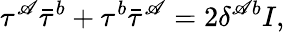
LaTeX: \tau^{\mathscr{A}}\bar{{\tau}}^{b}+\tau^{b}\bar{{\tau}}^{\mathscr{A}}=2\delta^{\mathscr{A}b}I,